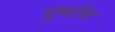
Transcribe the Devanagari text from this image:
पुर्चास